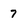
Character: 7